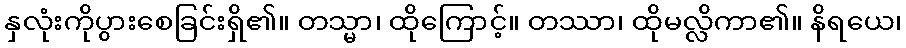
နှလုံးကိုပွားစေခြင်းရှိ၏။ တသ္မာ၊ ထိုကြောင့်။ တဿာ၊ ထိုမလ္လိကာ၏။ နိရယေ၊